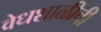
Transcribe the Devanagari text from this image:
वेधशाळीची